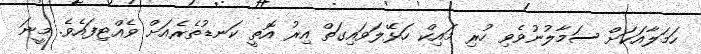
ހަމަލާއަކަށް ސަމާލުނުވެވި ހުރި މައިކް ހަޅޭލަވައިގަތް އިރު އޮތީ ކަނޑުތެރެއަށް ވެއްޓިފައެވެ. މީނަ